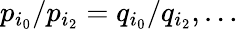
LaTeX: p_{i_{0}}/p_{i_{2}}=q_{i_{0}}/q_{i_{2}},\dots